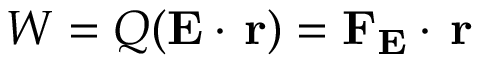
W = Q ( \mathbf { E } \cdot \, \mathbf { r } ) = \mathbf { F _ { E } } \cdot \, \mathbf { r }